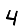
Digit: 4